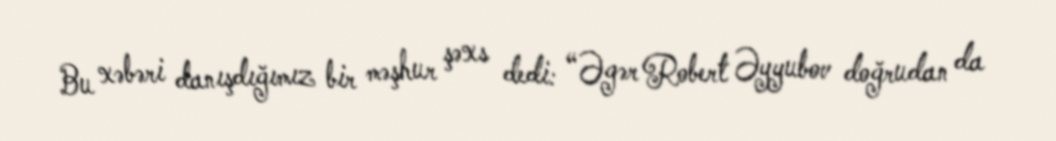
Bu xəbəri danışdığımız bir məşhur şəxs dedi: “Əgər Robert Əyyubov doğrudan da